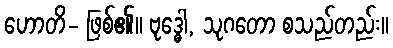
ဟောတိ- ဖြစ်၏။ ဗုဒ္ဓေါ, သုဂတော စသည်တည်း။